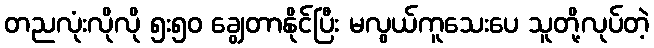
တညလုံးလိုလို ၅း၅၀ ချွေတာနိုင်ပြီး မလွယ်ကူသေးပေ သူတို့လုပ်တဲ့